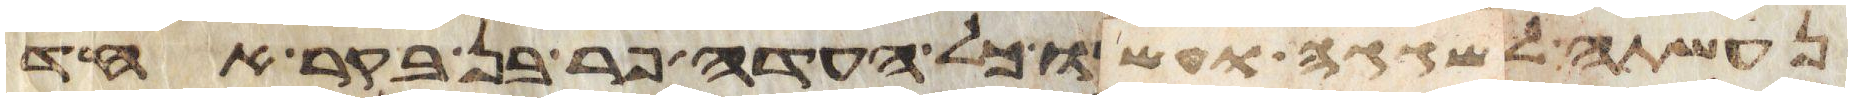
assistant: נעשתה לשגגה ועשו כל העדה פר בן בקר אחד